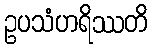
ဥပသံဟရိဿတိ